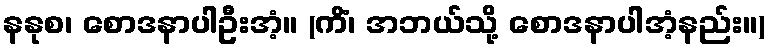
နနုစ၊ စောဒနာပါဦးအံ့။ (ကိံ၊ အဘယ်သို့ စောဒနာပါအံ့နည်း။)